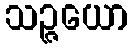
သဉ္ဇယော